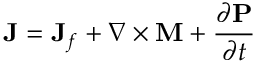
\mathbf { J } = \mathbf { J } _ { f } + \nabla \times \mathbf { M } + { \frac { \partial \mathbf { P } } { \partial t } }